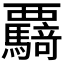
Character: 𮗌